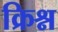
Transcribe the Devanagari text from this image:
क्रिश्न